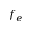
f _ { e }